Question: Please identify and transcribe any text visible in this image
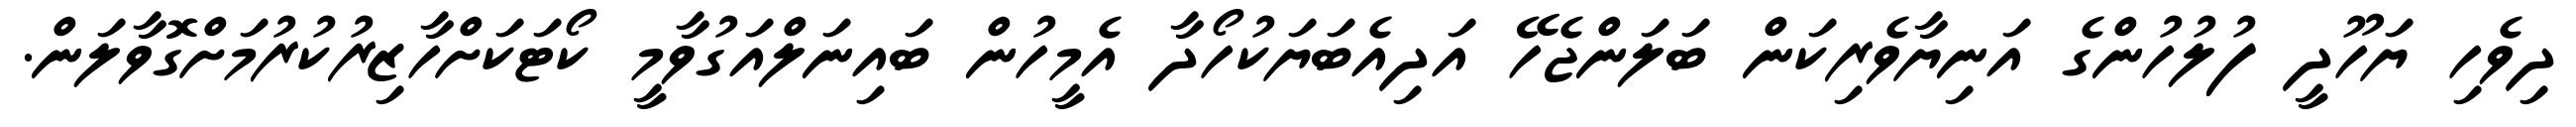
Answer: ދިވެހި ޔަހޫދީ ފުލުހުންގެ އަނިޔާވެރިކަން ބަލަންޖެހޭ އަދިއެބަޔަކުހޯދާ އެމީހުން ބައިނަލްއަގުވާމީ ކޯޓަކަށްހާޒިރުކުރުމަށްގޮވާލަން.